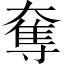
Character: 奪